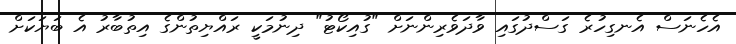
އެހެނަސް އެނގިހުރެ ގަސްދުގައި ވާދަވެރިންނަށް "ގުއިކޯޓު" ދިނުމަކީ ރައްޔިތުންގެ އިތުބާރު އެ ބަޔަކަށް